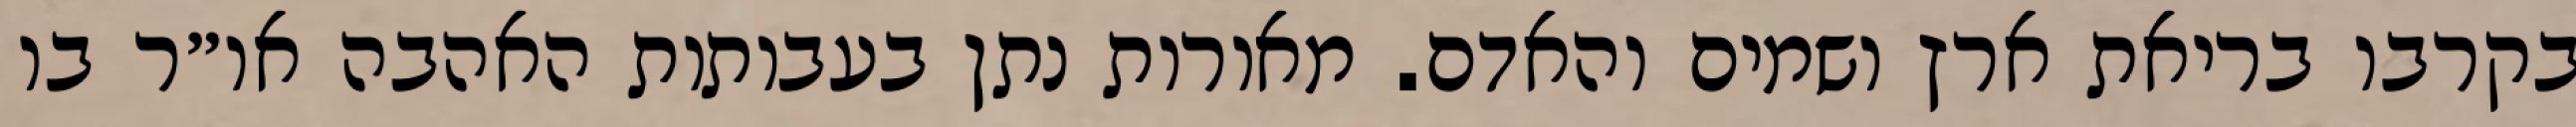
בקרבו בריאת ארץ ושמים והאדם. מאורות נתן בעבותות האהבה או״ר בו